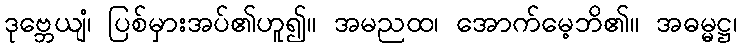
ဒုဗ္ဘေယျံ၊ ပြစ်မှားအပ်၏ဟူ၍။ အမညထ၊ အောက်မေ့ဘိ၏။ အဓမ္မဋ္ဌ၊